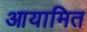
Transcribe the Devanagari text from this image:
आयामित